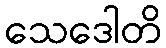
သေဒေါတိ